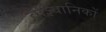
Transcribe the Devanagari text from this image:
वैज्ञ्यिानिकों